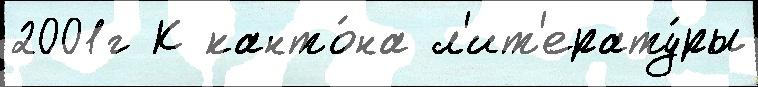
2001г К канто́на л'ит'ерату́ры